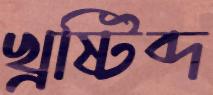
খ্রষ্টিব্দ